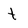
Character: t